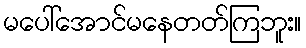
မပေါ်အောင်မနေတတ်ကြဘူး။